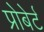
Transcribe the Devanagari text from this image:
प्रोबेर्ट